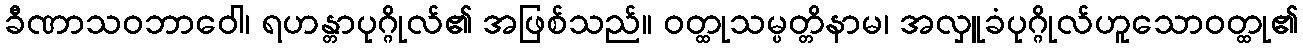
ခီဏာသဝဘာဝေါ၊ ရဟန္တာပုဂ္ဂိုလ်၏ အဖြစ်သည်။ ဝတ္ထုသမ္ပတ္တိနာမ၊ အလှူခံပုဂ္ဂိုလ်ဟူသောဝတ္ထု၏